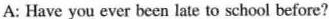
A: Have you ever been late to school before?